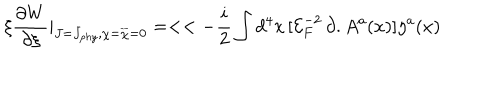
\xi \frac { \partial W } { \partial \xi } | _ { J = J _ { p h y } , \chi = { \overline { { { \chi } } } } = 0 } = < < - \frac { i } { 2 } \int d ^ { 4 } x \, [ { \mathcal { E } } _ { F } ^ { - 2 } \, \partial . A ^ { a } ( x ) ] \eta ^ { a } ( x )